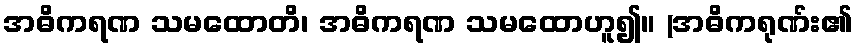
အဓိကရဏ သမထောတိ၊ အဓိကရဏ သမထောဟူ၍။ (အဓိကရုဏ်း၏